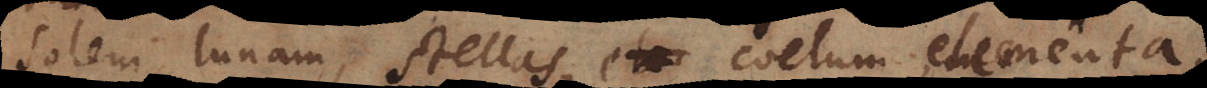
solem, lunam, stellas, coelum, elementa,